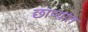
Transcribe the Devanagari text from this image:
छाप्यांत